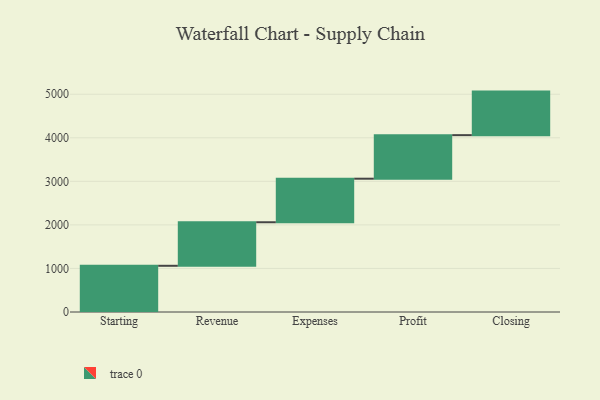
{"axis": {"x": "Step", "y": "Value"}, "legend": [""], "data": [{"x": "Starting", "y": 1061.0, "type": ""}, {"x": "Revenue", "y": 1000, "type": ""}, {"x": "Expenses", "y": 1000, "type": ""}, {"x": "Profit", "y": 1000, "type": ""}, {"x": "Closing", "y": 1000, "type": ""}]}